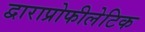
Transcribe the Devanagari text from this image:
द्वाराप्रोफीलेटिक